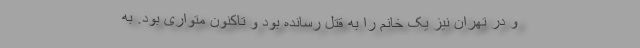
و در تهران نیز یک خانم را به قتل رسانده بود و تاکنون متواری بود. به